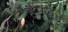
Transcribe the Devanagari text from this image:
हैंमंड